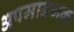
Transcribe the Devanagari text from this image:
अपमानजक